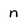
Character: n